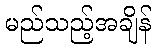
မည်သည့်အချိန်